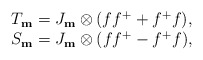
\begin{align*}\begin {array}{cccc}T_{\bf m}=J_{\bf m}\otimes(ff^++f^+f),\\S_{\bf m}=J_{\bf m}\otimes(ff^+-f^+f),\\\end{array}\end{align*}